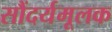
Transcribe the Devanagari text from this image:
सौंदर्यमूलक